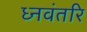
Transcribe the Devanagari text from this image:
ध्नवंतरि